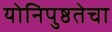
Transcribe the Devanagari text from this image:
योनिपुष्ठतेचा